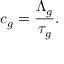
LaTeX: c _ { g } = { \frac { \Lambda _ { g } } { \tau _ { g } } } .